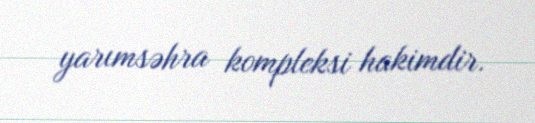
yarımsəhra kompleksi hakimdir.